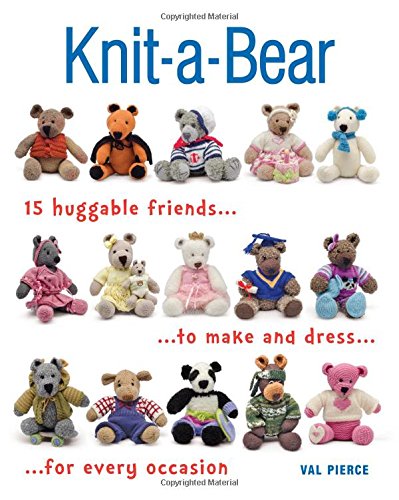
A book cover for Knit-a-Bear: 15 huggable friends to make and dress for every occasion; Val Pierce; Crafts, Hobbies & Home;